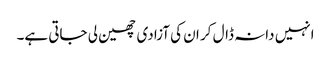
انہیں دانہ ڈال کر ان کی آزادی چھین لی جاتی ہے۔